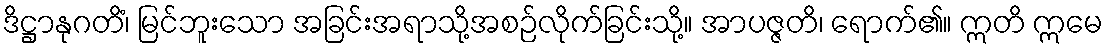
ဒိဋ္ဌာနုဂတိံ၊ မြင်ဘူးသော အခြင်းအရာသို့အစဉ်လိုက်ခြင်းသို့။ အာပဇ္ဇတိ၊ ရောက်၏။ ဣတိ ဣမေ